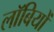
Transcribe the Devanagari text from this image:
लॉबियों